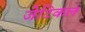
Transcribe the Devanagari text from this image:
जेटिकल